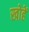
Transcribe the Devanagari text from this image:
खोहें